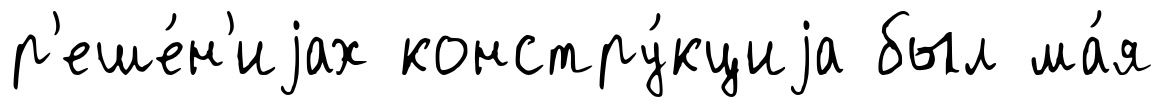
р'еше́н'иjах констру́кциjа был ма́я